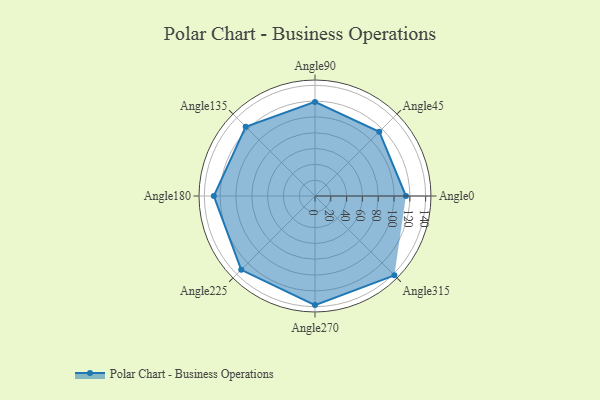
{"axis": {"x": "Angle", "y": "Radius"}, "legend": [""], "data": [{"x": "Angle0", "y": 115.0, "type": ""}, {"x": "Angle45", "y": 115.0, "type": ""}, {"x": "Angle90", "y": 119.0, "type": ""}, {"x": "Angle135", "y": 124.0, "type": ""}, {"x": "Angle180", "y": 128.0, "type": ""}, {"x": "Angle225", "y": 132.0, "type": ""}, {"x": "Angle270", "y": 138.0, "type": ""}, {"x": "Angle315", "y": 142.0, "type": ""}]}